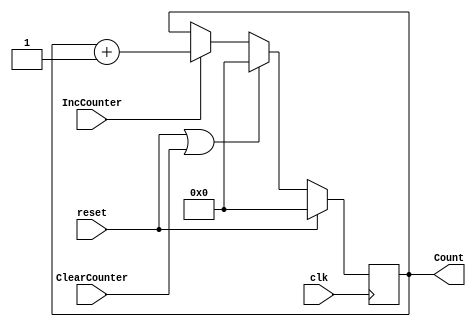
// BitCounter.v
// Just a simple 8-bit synchronous counter
// Main inputs and outputs connect to GRBStateMachine
// Value of output Count keeps track of how many bits have been sent
// This implies a max of 10 LED modules could be used (240 bits)
// For longer LED strips, increase the bit width of the counter

module BitCounter(Count,ClearCounter,IncCounter,clk,reset);
	output [7:0] Count;
	input		 ClearCounter, IncCounter;
	input		 clk, reset;

	reg [7:0] Count, nCount;

	always @(posedge clk)
		Count <= reset ? 0:nCount;

	always @(*)
		if(reset || ClearCounter)
			nCount = 0;
		else if(IncCounter)
			nCount = Count+1;
		else
			nCount = Count;

endmodule